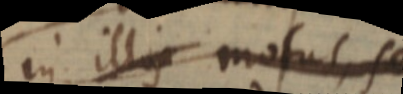
in illis motis sed